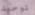
توحيد